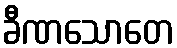
ခီဏသောတေ